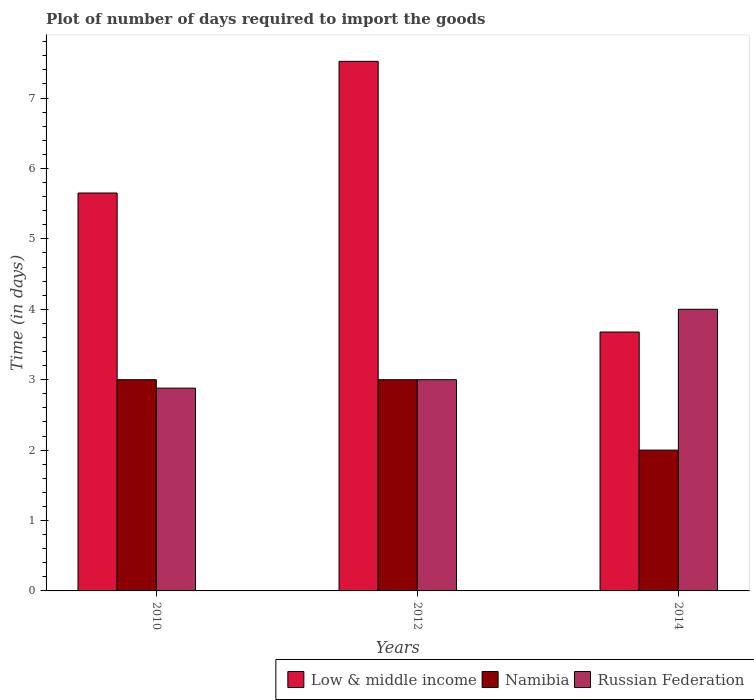
| Years | Low & middle income | Namibia | Russian Federation |
 | --- | --- | --- | --- |
 | 2010 | 5.65 | 3 | 2.88 |
 | 2012 | 7.52 | 3 | 3 |
 | 2014 | 3.68 | 2 | 4 |